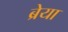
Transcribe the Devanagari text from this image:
ब्रेया